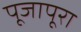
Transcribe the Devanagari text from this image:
पूजापूरा